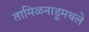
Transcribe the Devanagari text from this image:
तामिळनाडूमधले